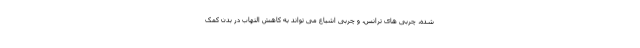
شده، چربی های ترانس، و چربی اشباع می تواند به کاهش التهاب در بدن کمک